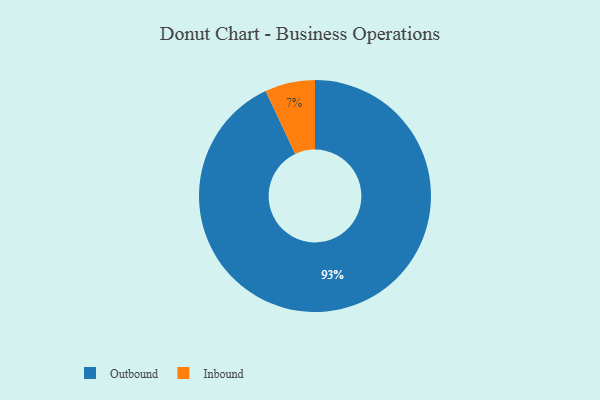
{"axis": {"x": "Category", "y": "Percentage"}, "legend": ["Inbound", "Outbound"], "data": [{"x": "Inbound", "y": 7, "type": "Inbound"}, {"x": "Outbound", "y": 93, "type": "Outbound"}]}